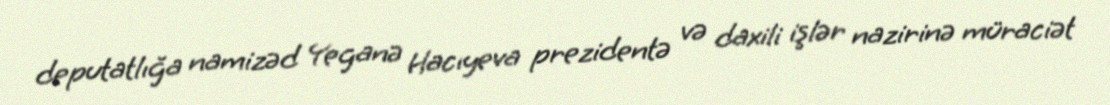
deputatlığa namizəd Yeganə Hacıyeva prezidentə və daxili işlər nazirinə müraciət